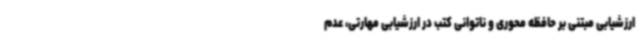
ارزشیابی مبتنی بر حافظه محوری و ناتوانی کتب در ارزشیابی مهارتی، عدم